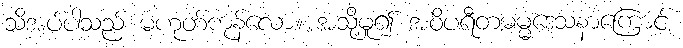
သိအပ်ပါသည် မဟုတ်ကုန်လော။ အသို့မူ၍ အဝိပရီတဓမ္မဒေသနာကြောင့်